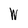
Character: W